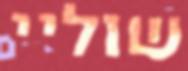
שוליי